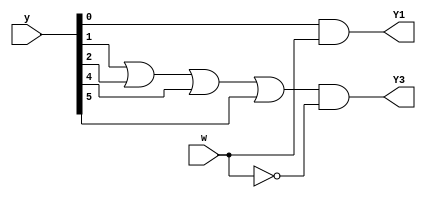
module top_module (
    input [5:0] y,
    input w,
    output Y1,
    output Y3
);
    parameter A=0,B=1,C=2,D=3,E=4,F=5;
    
    always @(*) begin
        Y1 = y[A]&w;
        Y3 = (y[B]|y[C]|y[E]|y[F])&~w;
    end

endmodule